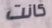
كانت